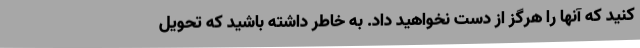
کنید که آنها را هرگز از دست نخواهید داد. به خاطر داشته باشید که تحویل